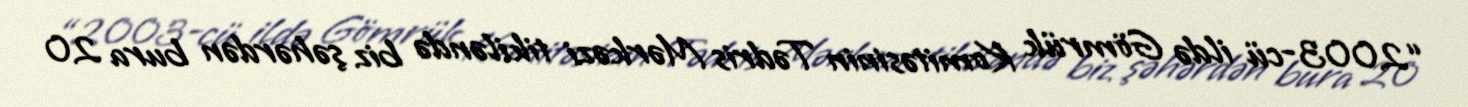
“2003-cü ildə Gömrük Komitəsinin Tədris Mərkəzi tikiləndə biz şəhərdən bura 20